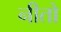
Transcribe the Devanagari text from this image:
नीतो